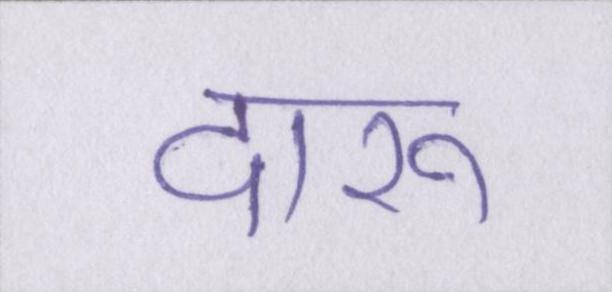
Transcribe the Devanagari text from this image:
दारू